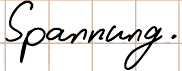
Spannung.